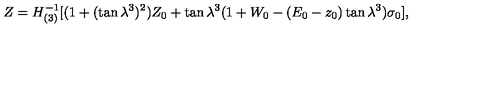
Z = H _ { ( 3 ) } ^ { - 1 } [ ( 1 + ( \tan \lambda ^ { 3 } ) ^ { 2 } ) Z _ { 0 } + \tan \lambda ^ { 3 } ( 1 + W _ { 0 } - ( E _ { 0 } - z _ { 0 } ) \tan \lambda ^ { 3 } ) \sigma _ { 0 } ] ,